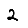
Digit: 2